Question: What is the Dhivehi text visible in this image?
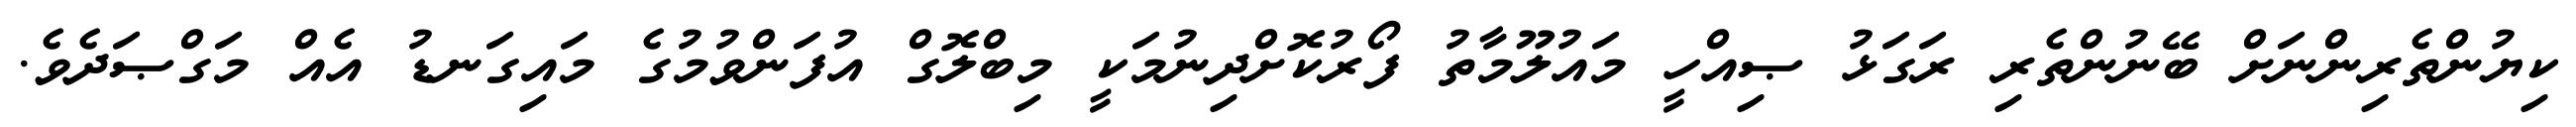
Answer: ކިޔުންތެރިންނަށް ބޭނުންތެރި ރަގަޅު ޞިއްހީ މައުލޫމާތު ފޯރުކޮށްދިނުމަކީ މިބްލޮގް އުފަންވުމުގެ މައިގަނޑު އެއް މަގްޞަދެވެ.